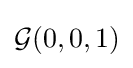
{\mathcal {G}}(0,0,1)